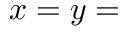
x = y =